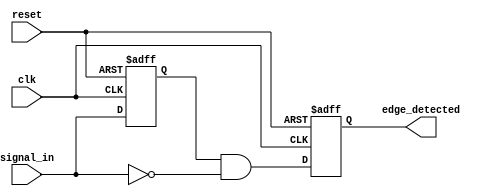
module negative_edge_detector (
    input wire clk,            // Clock signal
    input wire reset,          // Asynchronous reset
    input wire signal_in,      // Input signal to detect negative edge
    output reg edge_detected    // Output signal indicating negative edge detected
);

// Internal signal to store the previous state of signal_in
reg signal_in_prev;

// Always block for the D flip-flop behavior and edge detection
always @(posedge clk or posedge reset) begin
    if (reset) begin
        // Initialize the state on reset
        signal_in_prev <= 1'b0;
        edge_detected <= 1'b0;
    end else begin
        // Edge detection logic
        edge_detected <= (signal_in_prev == 1'b1 && signal_in == 1'b0); // Detect negative edge
        signal_in_prev <= signal_in; // Update previous state
    end
end

endmodule